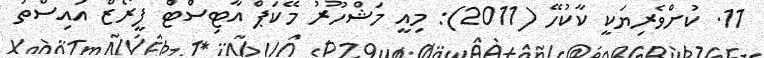
11. ކުށްވެރިޔަކީ ކާކުހޭ (2011): މިއީ މަޝްހޫރު މޭކަޕް އާޓިސްޓް ފީރޯޒް އައިސްތު